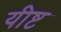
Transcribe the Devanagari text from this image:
यीष्ट